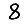
Digit: 8